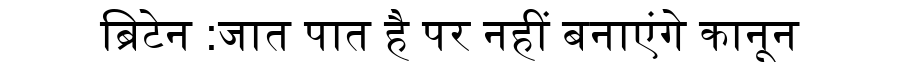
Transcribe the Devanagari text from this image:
ब्रिटेन :जात पात है पर नहीं बनाएंगे कानून